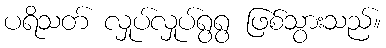
ပရိသတ် လှုပ်လှုပ်ရွရွ ဖြစ်သွားသည်။